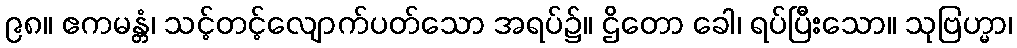
၉၈။ ဧကမန္တံ၊ သင့်တင့်လျောက်ပတ်သော အရပ်၌။ ဌိတော ခေါ၊ ရပ်ပြီးသော။ သုဗြဟ္မာ၊